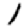
Digit: 1